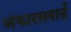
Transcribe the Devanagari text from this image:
अंकारसवार्ड